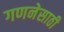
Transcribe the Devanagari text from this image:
गणनेसाठी